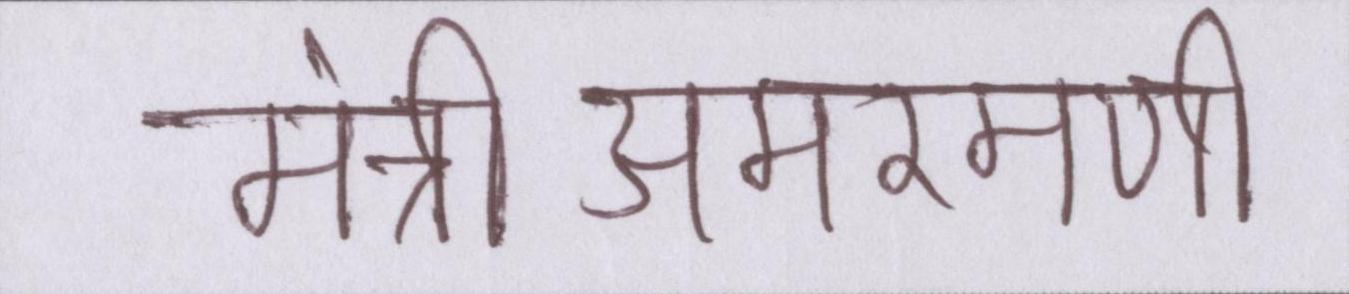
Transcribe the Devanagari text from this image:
मंत्रीअमरमणी